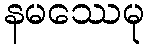
နမဿေမု